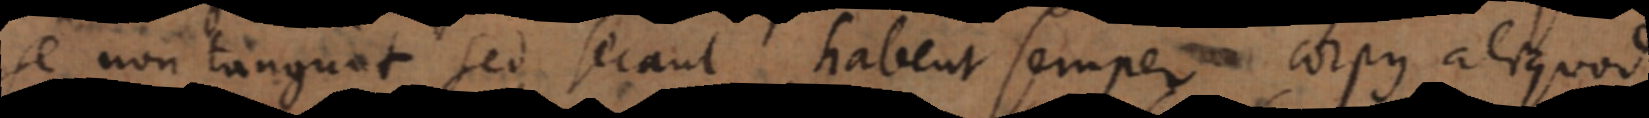
se non tangunt sed secant habent semper corpus aliquod